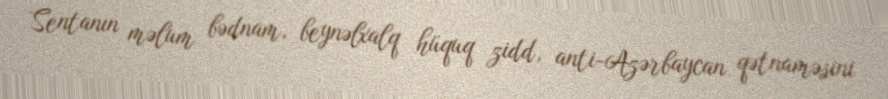
Sentanın məlum bədnam, beynəlxalq hüquq zidd, anti-Azərbaycan qətnaməsini